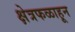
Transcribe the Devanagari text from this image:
क्षेत्रफळाहून